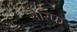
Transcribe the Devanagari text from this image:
सैरिफ